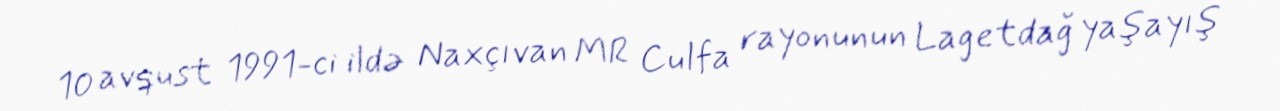
10 avqust 1991-ci ildə Naxçıvan MR Culfa rayonunun Lagetdağ yaşayış